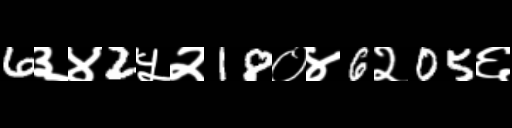
Text: 6३४2५२18०४6२05६